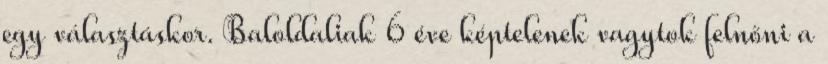
egy választáskor. Baloldaliak 6 éve képtelenek vagytok felnőni a